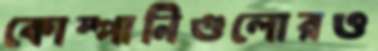
কোম্পানিগুলোরও